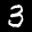
Label: 3